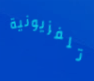
تلفزيونية